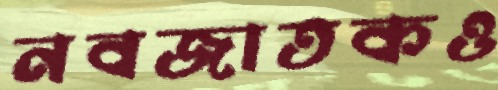
নবজাতকও